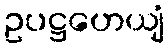
ဥပဋ္ဌဟေယျံ